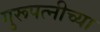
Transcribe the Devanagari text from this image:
गुरूपत्नीच्या